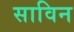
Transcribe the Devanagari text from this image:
साविन